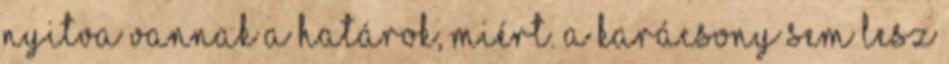
nyitva vannak a határok, miért. A Karácsony sem lesz